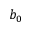
b _ { 0 }